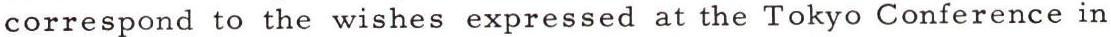
correspond to the wishes expressed at the Tokyo Conference in